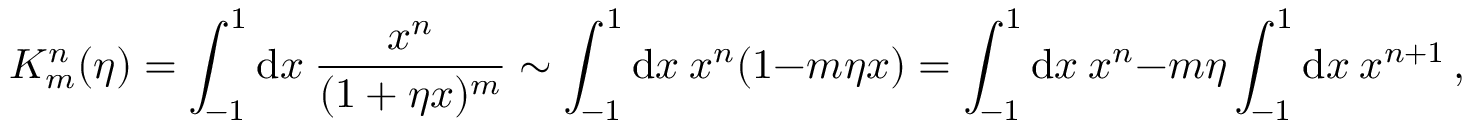
K _ { m } ^ { n } ( \eta ) = \int _ { - 1 } ^ { 1 } \mathrm { d } x \ \frac { x ^ { n } } { ( 1 + \eta x ) ^ { m } } \sim \int _ { - 1 } ^ { 1 } \mathrm { d } x \ x ^ { n } ( 1 - m \eta x ) = \int _ { - 1 } ^ { 1 } \mathrm { d } x \ x ^ { n } - m \eta \int _ { - 1 } ^ { 1 } \mathrm { d } x \ x ^ { n + 1 } \, ,